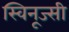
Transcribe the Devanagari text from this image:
स्विनूज्सी